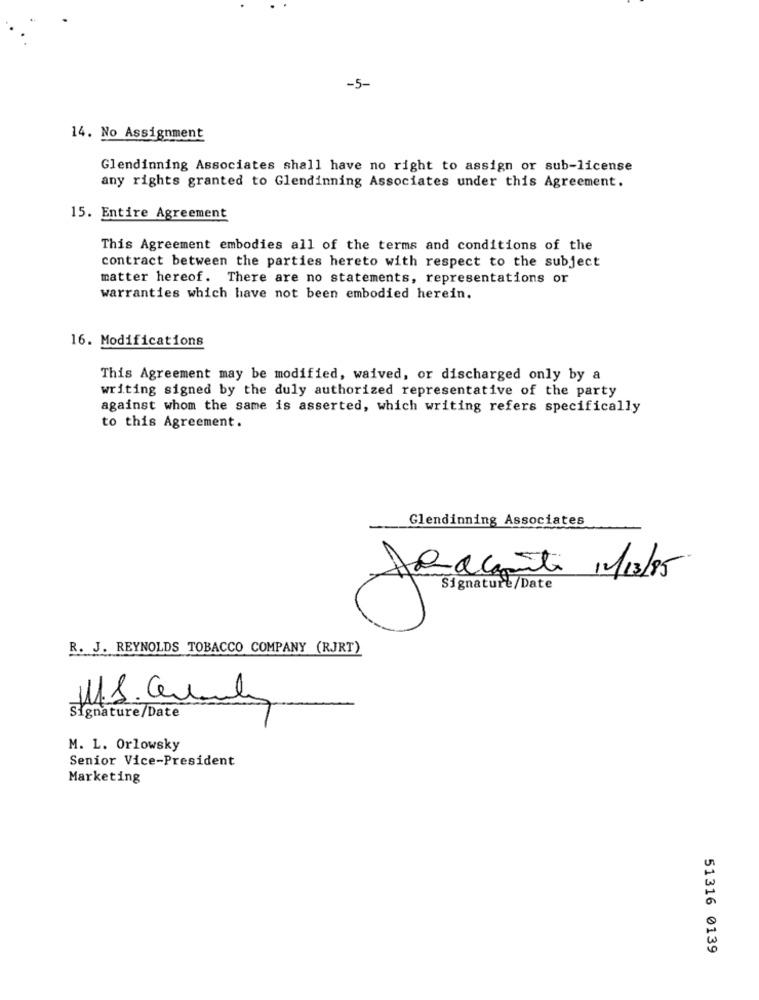
-5-
14. No Assignment
Glendinning Associates shall have no right to assign or sub-license
any rights granted to Glendinning Associates under this Agreement.
15. Entire Agreement
This Agreement embodies all of the terms and conditions of the
contract between the parties hereto with respect to the subject
matter hereof. There are no statements, representations or
warranties which have not been embodied herein.
16. Modifications
This Agreement may be modified, waived, or discharged only by a
writing signed by the duly authorized representative of the party
against whom the same is asserted, which writing refers specifically
to this Agreement.
Glendinning Associates
Jad camento 11/13/85
R. J. REYNOLDS TOBACCO COMPANY (RJRT)
21
Signature/Date
M. L. Orlowsky
Senior Vice-President
Marketing
51316 0139